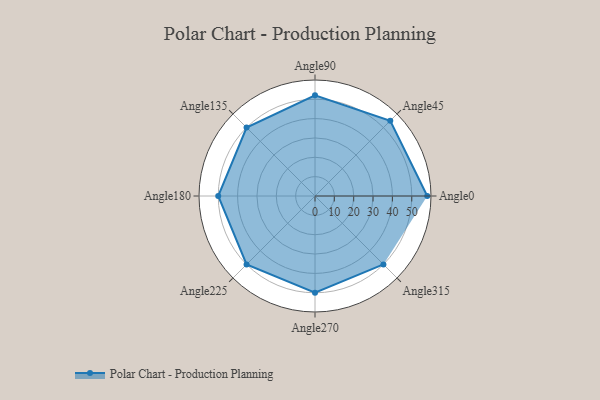
{"axis": {"x": "Angle", "y": "Radius"}, "legend": [""], "data": [{"x": "Angle0", "y": 58.0, "type": ""}, {"x": "Angle45", "y": 55.0, "type": ""}, {"x": "Angle90", "y": 52.0, "type": ""}, {"x": "Angle135", "y": 50.0, "type": ""}, {"x": "Angle180", "y": 50, "type": ""}, {"x": "Angle225", "y": 50.0, "type": ""}, {"x": "Angle270", "y": 50, "type": ""}, {"x": "Angle315", "y": 50, "type": ""}]}